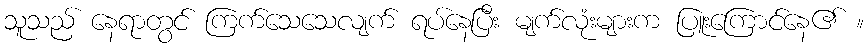
သူသည် နေရာတွင် ကြက်သေသေလျက် ရပ်နေပြီး မျက်လုံးများက ပြူးကြောင်နေ၏ ။